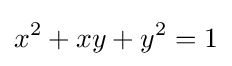
x^{2}+xy+y^{2}=1